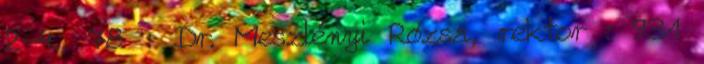
2-4., 78 : Dr. Meszlényi Rózsa, rektor : 931